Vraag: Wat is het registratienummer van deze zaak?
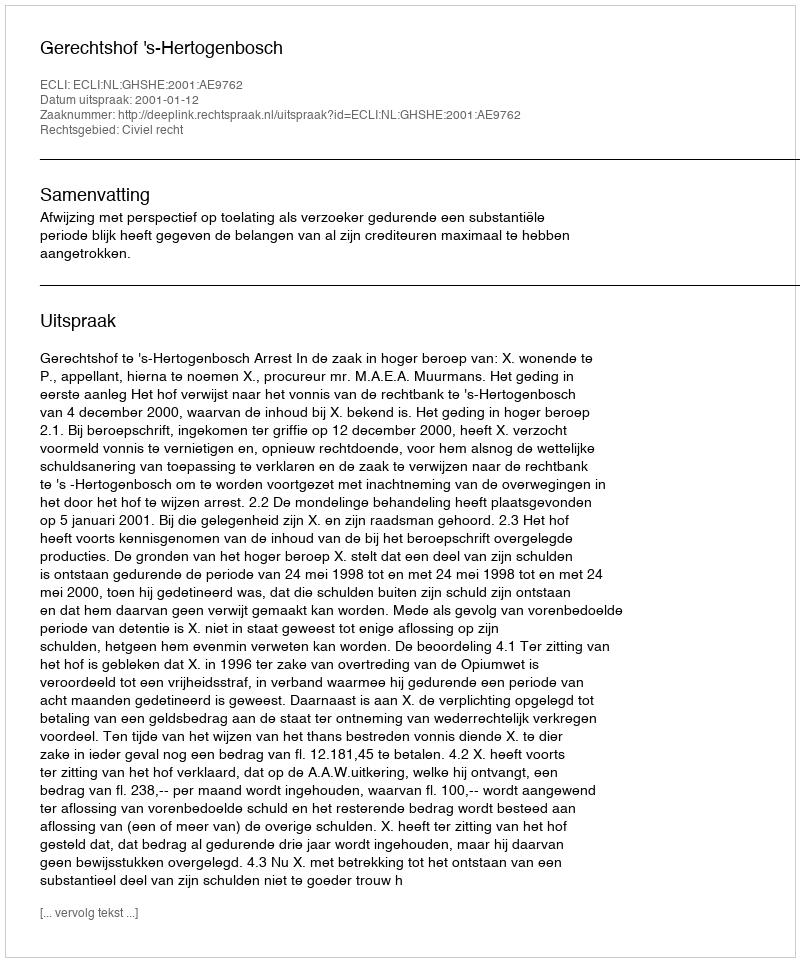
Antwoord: http://deeplink.rechtspraak.nl/uitspraak?id=ECLI:NL:GHSHE:2001:AE9762